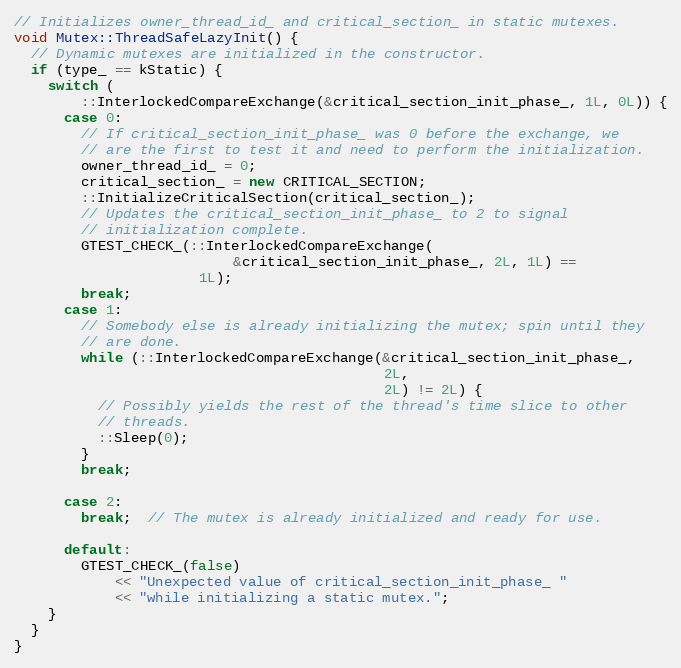
Language: C++
// Initializes owner_thread_id_ and critical_section_ in static mutexes.
void Mutex::ThreadSafeLazyInit() {
  // Dynamic mutexes are initialized in the constructor.
  if (type_ == kStatic) {
    switch (
        ::InterlockedCompareExchange(&critical_section_init_phase_, 1L, 0L)) {
      case 0:
        // If critical_section_init_phase_ was 0 before the exchange, we
        // are the first to test it and need to perform the initialization.
        owner_thread_id_ = 0;
        critical_section_ = new CRITICAL_SECTION;
        ::InitializeCriticalSection(critical_section_);
        // Updates the critical_section_init_phase_ to 2 to signal
        // initialization complete.
        GTEST_CHECK_(::InterlockedCompareExchange(
                          &critical_section_init_phase_, 2L, 1L) ==
                      1L);
        break;
      case 1:
        // Somebody else is already initializing the mutex; spin until they
        // are done.
        while (::InterlockedCompareExchange(&critical_section_init_phase_,
                                            2L,
                                            2L) != 2L) {
          // Possibly yields the rest of the thread's time slice to other
          // threads.
          ::Sleep(0);
        }
        break;

      case 2:
        break;  // The mutex is already initialized and ready for use.

      default:
        GTEST_CHECK_(false)
            << "Unexpected value of critical_section_init_phase_ "
            << "while initializing a static mutex.";
    }
  }
}